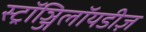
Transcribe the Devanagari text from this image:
स्ट्रॉञ्जिलॉयडीज़